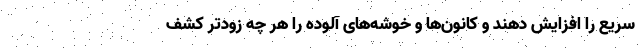
سریع را افزایش دهند و کانون‌ها و خوشه‌های آلوده را هر چه زودتر کشف